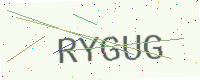
Text: RYGUG